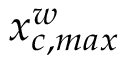
x _ { c , m a x } ^ { w }